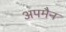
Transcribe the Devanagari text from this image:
अपमैन